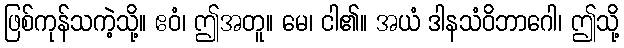
ဖြစ်ကုန်သကဲ့သို့။ ဧဝံ၊ ဤအတူ။ မေ၊ ငါ၏။ အယံ ဒါနသံဝိဘာဂေါ၊ ဤသို့